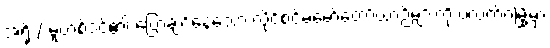
အရိုး/ မူဟစ်ဒင်၏ ပြောချင်နေသော လိုင်စင်မဲ့မော်တော်ယာဉ်များကို ပလက်ဝမြို့မှာ